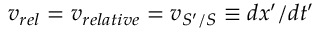
v _ { r e l } = v _ { r e l a t i v e } = v _ { S ^ { \prime } / S } \equiv d x ^ { \prime } / d t ^ { \prime }